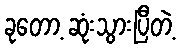
ခုတော့ ဆုံးသွားပြီတဲ့